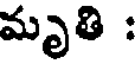
మృతి :